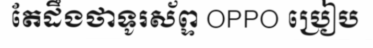
តែដឹងថាទូរស័ព្ទ OPPO ប្រៀប